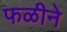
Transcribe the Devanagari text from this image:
फळीने